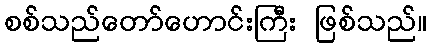
စစ်သည်တော်ဟောင်းကြီး ဖြစ်သည်။